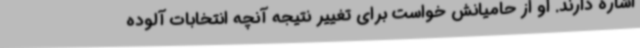
اشاره دارند. او از حامیانش خواست برای تغییر نتیجه آنچه انتخابات آلوده